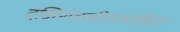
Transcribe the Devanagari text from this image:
दक्षिणेकडीलओडिशा